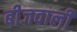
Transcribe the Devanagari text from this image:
बीजवाली